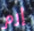
إرم